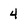
Character: 4